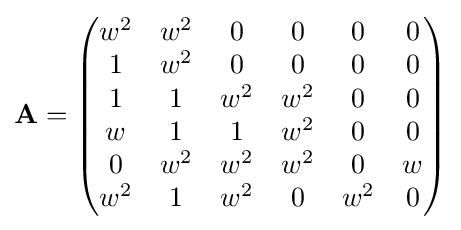
{\mathbf {A} }={\begin{pmatrix}w^{2}&w^{2}&0&0&0&0\\1&w^{2}&0&0&0&0\\1&1&w^{2}&w^{2}&0&0\\w&1&1&w^{2}&0&0\\0&w^{2}&w^{2}&w^{2}&0&w\\w^{2}&1&w^{2}&0&w^{2}&0\end{pmatrix}}